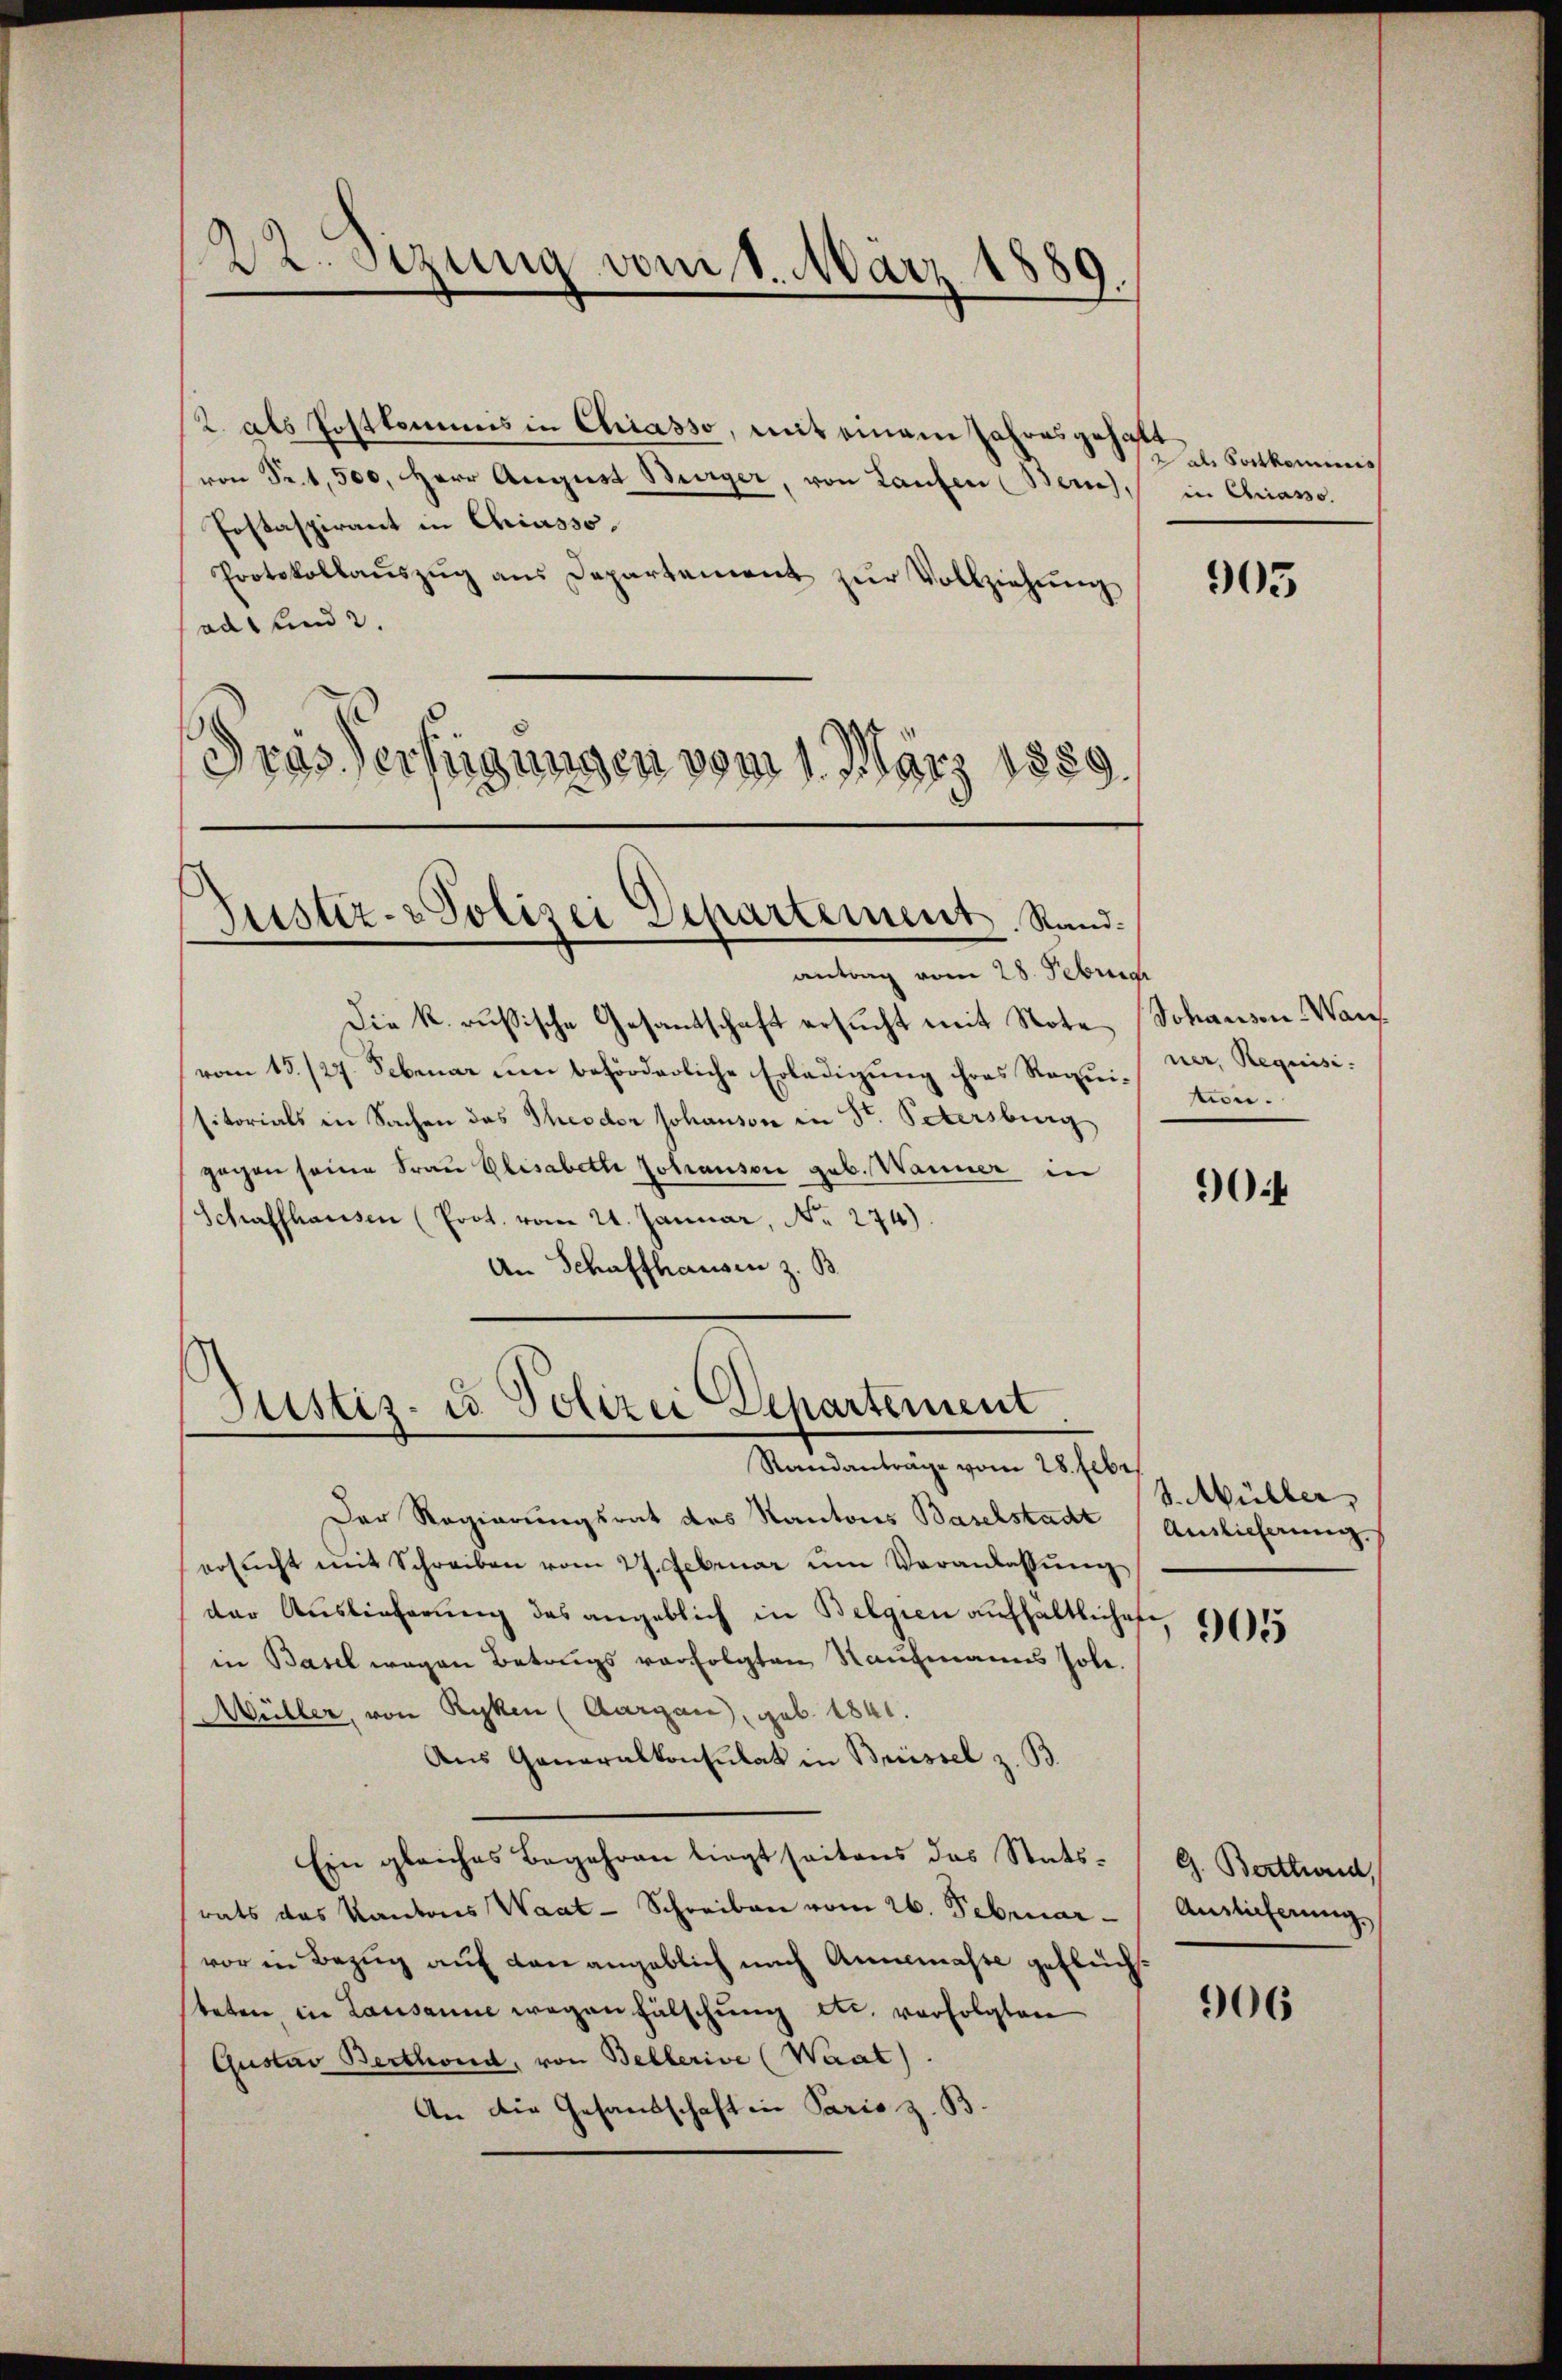
22. Sezung vom 1. März 1889.

2. als Postkommnis in Chiasso, mit einem Jahresgehalt
von Sr. 1,500. Herr August Bürger, von Laufen (Zürich, in Chiasso.
Postaspirant in Chiasso.
Protokollaŭszŭg aŭs Departement zŭr Vollziehŭng
ad und 2.
Grösserfügungen vom 1. März 1889.

Justiz- & Polizei Departement. Standantrag vom 28. Februar

Die k. russische Gesantschaft ersucht mit Note
vom 15./27. Sebenar um beförderliche Erledigung ihres Requi-ner, Requisisitorials in Sachen des Theodor Johanson in Str. Petersburg
gegen seine Frau Elisabette Johauser geb. Wanner in
Schaffhausen (Prot. vom 21. Januar, No. 274).
An Schaffhausen z. B.

Justiz- u Polizei Departement
Randanträge vom 28. Lebe

Der Regierungsrat des Kantons Baselstadt
ersŭcht mit Schreiben vom 27. Februar um Veranlassŭng
der Auslieferung des angeblich in Belgien aufhaltlichen, 3155
in Basel wegen Betrugs verfolgten Kaufmanns Jole.
Wüller, von Ryken (Aargau, geb. 1841.
Aus Generalkonsulat in Brüssel z. B.
Ein gleiches Begehren liegt seitens das Statsrats das Kantons Waat-Schreiben vom 26. Februar - Auslieferung,
(vor in Bezug auf den angeblich nach Annemasse geflüchbeten in Lausanne wegen fälschung etc. verfolgten
Gustav Berthond, von Bellerive (Waat).
An die Gesandschaft in Paris z. B.

dals Postkommis

905

Sohausen Wais
tion.

90:

3. Müller,
Auslieferung

G. Berthord,

906